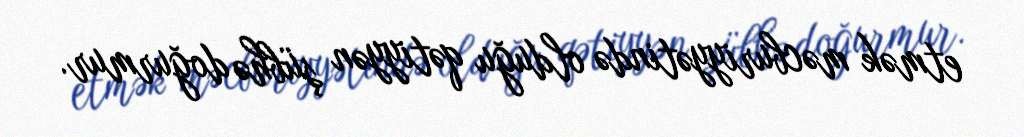
etmək məcburiyyətində olduğu qətiyyən şübhə doğurmur.